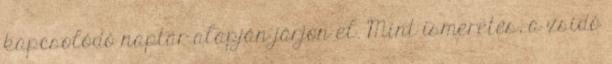
kapcsolódó naptár alapján járjon el. Mint ismeretes, a zsidó